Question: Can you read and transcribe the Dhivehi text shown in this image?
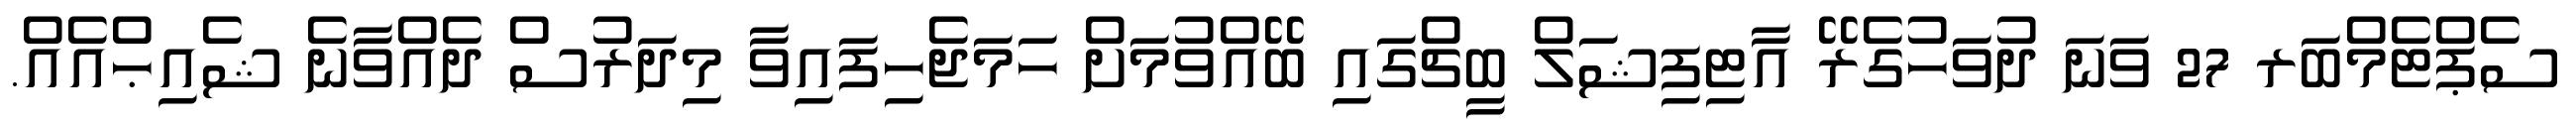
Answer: ސެޕްޓެމްބަރ 27 ވަނަ ދުވަހުގެރޭ އާޓިފިޝަލް ބީޗްގައި ބޭއްވުމަށް ހަމަޖެހިފައިވާ މިދަރުސް ދެއްވާނެ ޝެއިޙްއެއް.